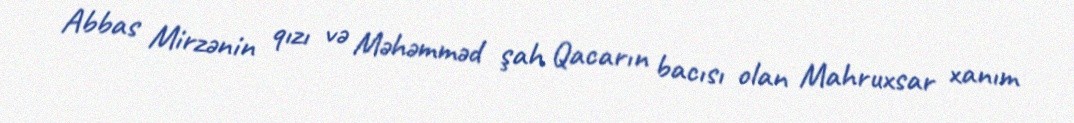
Abbas Mirzənin qızı və Məhəmməd şah Qacarın bacısı olan Mahruxsar xanım